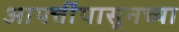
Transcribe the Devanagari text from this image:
आपत्तींपासूनच्या